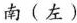
南(左)